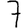
Digit: 7